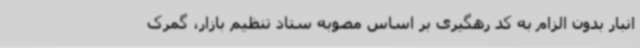
انبار بدون الزام به کد رهگیری بر اساس مصوبه ستاد تنظیم بازار، گمرک